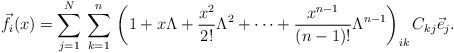
\begin{align*}{\vec f}_i(x)=\sum_{j=1}^N\, \sum_{k=1}^n\,\left(1 + x\Lambda +\frac{x^2}{2!}\Lambda^2 + \cdots + \frac{x^{n-1}}{(n-1)!}\Lambda^{n-1} \right)_{ik}C_{kj}{\vec e}_j.\end{align*}